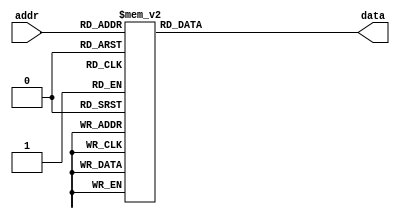
module rom1 (input wire [3:0] addr, output reg [7:0] data);
    always @(addr) begin
        case(addr)
            4'b0000: data = 8'b01000101; // E
            4'b0001: data = 8'b01001110; // N
            4'b0010: data = 8'b01000111; // G
            4'b0011: data = 8'b01001001; // I
            4'b0100: data = 8'b01001110; // N
            4'b0101: data = 8'b01000101; // E
            4'b0110: data = 8'b01000101; // E
            4'b0111: data = 8'b01010010; // R
            4'b1000: data = 8'b01001001; // I
            4'b1001: data = 8'b01001110; // N
            4'b1010: data = 8'b01000111; // G
			4'b1011: data = 8'b00100000;
            default: data = 8'b00000000;
        endcase
    end
endmodule